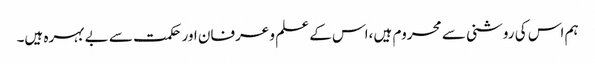
ہم اس کی روشنی سے محروم ہیں ،اس کے علم و عرفان اور حکمت سے بے بہرہ ہیں۔